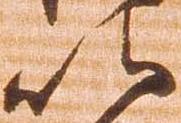
以